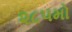
૨૮૫મો